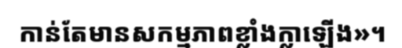
កាន់តែមានសកម្មភាពខ្លាំងក្លាឡើង»។